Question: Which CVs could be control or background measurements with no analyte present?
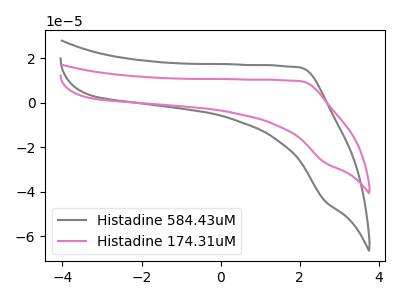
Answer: <think>The gray curve "Histadine 584.43uM" has no peaks. The pink curve "Histadine 174.31uM" has no peaks.</think>
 <answer>"Histadine 584.43uM" and "Histadine 174.31uM" are likely to be blanks.</answer>
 <eval>"Histadine 584.43uM", "Histadine 174.31uM"</eval>